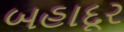
બહાદૂર